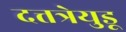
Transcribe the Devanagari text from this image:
दत्तत्रेयुडू